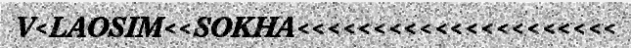
V<LAOSIM<<SOKHA<<<<<<<<<<<<<<<<<<<<<